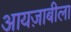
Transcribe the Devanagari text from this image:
आयज़ाबीला